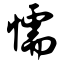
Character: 懦